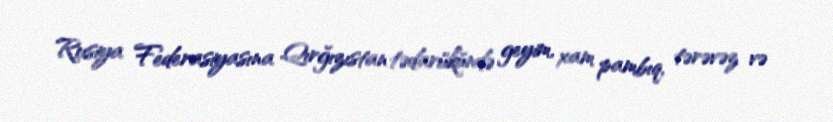
Rusiya Federasiyasına Qırğızıstan tədarükündə geyim, xam pambıq, tərəvəz və